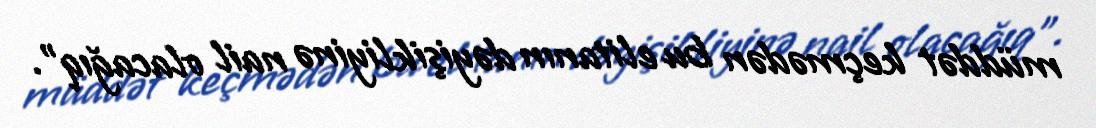
müddət keçmədən bu elitanın dəyişikliyinə nail olacağıq”.